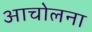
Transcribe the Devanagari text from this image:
आचोलना